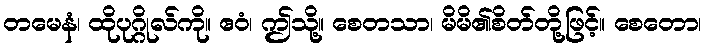
တမေနံ၊ ထိုပုဂ္ဂိုလ်ကို။ ဧဝံ၊ ဤသို့။ စေတသာ၊ မိမိ၏စိတ်တို့ဖြင့်။ စေတော၊